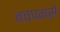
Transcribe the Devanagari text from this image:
बचपनसे